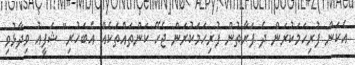
އެކަން ފުރިހަމަކުރަން ދެ ފަރާތުން ފުރިހަމަކުރަން ޖެހޭ ކަންތައްތަކެއް އެބަހުރި" ޝަފީއު ވިދާޅުވި